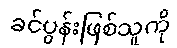
ခင်ပွန်းဖြစ်သူကို